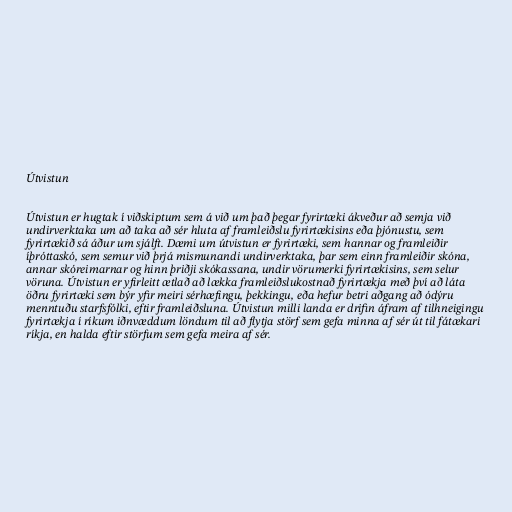
Útvistun

Útvistun er hugtak í viðskiptum sem á við um það þegar fyrirtæki ákveður að semja við
undirverktaka um að taka að sér hluta af framleiðslu fyrirtækisins eða þjónustu, sem
fyrirtækið sá áður um sjálft. Dæmi um útvistun er fyrirtæki, sem hannar og framleiðir
íþróttaskó, sem semur við þrjá mismunandi undirverktaka, þar sem einn framleiðir skóna,
annar skóreimarnar og hinn þriðji skókassana, undir vörumerki fyrirtækisins, sem selur
vöruna. Útvistun er yfirleitt ætlað að lækka framleiðslukostnað fyrirtækja með því að láta
öðru fyrirtæki sem býr yfir meiri sérhæfingu, þekkingu, eða hefur betri aðgang að ódýru
menntuðu starfsfólki, eftir framleiðsluna. Útvistun milli landa er drifin áfram af tilhneigingu
fyrirtækja í ríkum iðnvæddum löndum til að flytja störf sem gefa minna af sér út til fátækari
ríkja, en halda eftir störfum sem gefa meira af sér.